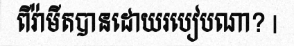
ពីរ៉ាមីតបានដោយរបៀបណា? |